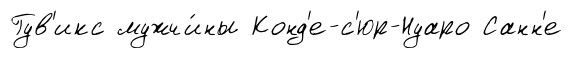
Гув'икс мужчи́ны Конд'е-с'юр-Нуаро Санн'е